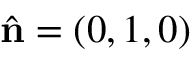
\hat { \mathbf { n } } = ( 0 , 1 , 0 )